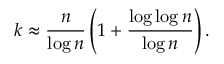
k \approx \frac { n } { \log n } \left( 1 + \frac { \log \log n } { \log n } \right) .